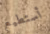
أستطيع